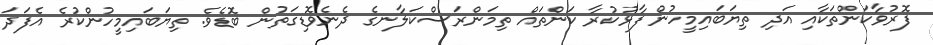
ފޮރުވާކަންތަކާއި އަދި ތިޔަބައިމީހުން ފާޅުކުރާ ކަންތައް ތިމަންރަސްކަލާނގެ ދެނެވޮޑިގަތުން ބޮޑެވެ. ތިޔަބައިމީހުންކުރެ އެފަދަ